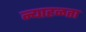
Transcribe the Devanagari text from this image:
न्याहळता